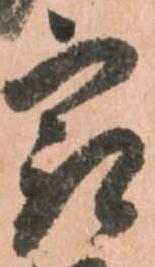
最